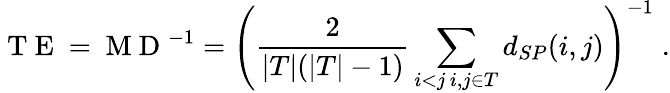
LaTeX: \mathrm{~T~E~}=\mathrm{~M~D~}^{-1}=\left(\frac{2}{|T|(|T|-1)}\sum_{\substack{i<j\, i,j\in T}}d_{SP}(i,j)\right)^{-1}\; .